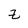
Character: z